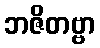
ဘဇိတဗ္ဗာ